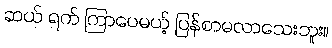
ဆယ် ရက် ကြာပေမယ့် ပြန်စာမလာသေးဘူး။